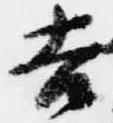
吉